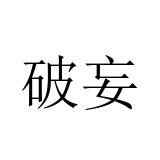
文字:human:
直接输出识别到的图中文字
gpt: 破妄